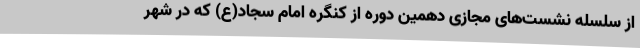
از سلسله نشست‌های مجازی دهمین دوره از کنگره امام سجاد(ع) که در شهر